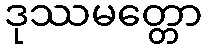
ဒုဿမတ္တော